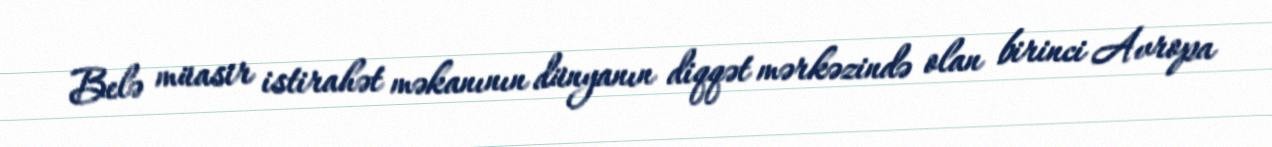
Belə müasir istirahət məkanının dünyanın diqqət mərkəzində olan birinci Avropa